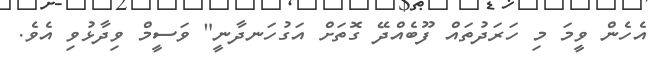
އެހެން ވީމަ މި ހަރަދުތައް ފޫބެއްދޭ ގޮތަށް އަގުހަނދާނީ" ވަސީމް ވިދާޅުވި އެވެ.